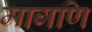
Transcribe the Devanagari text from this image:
मागणि